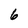
Character: 6